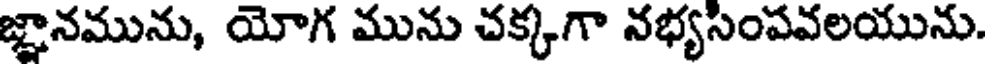
జ్ఞానమును, యోగ మును చక్కగా నభ్యసింపవలయును.